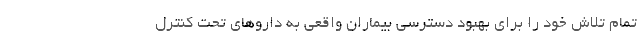
تمام تلاش خود را برای بهبود دسترسی بیماران واقعی به دارو‌های تحت کنترل